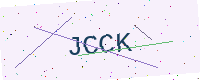
Text: JCCK